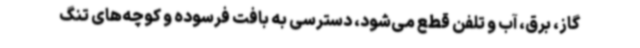
گاز، برق، آب و تلفن قطع می‌شود، دسترسی به بافت فرسوده و کوچه‌های تنگ